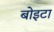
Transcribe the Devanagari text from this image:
बोइटा